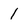
Character: 1